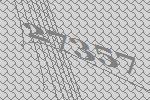
27357